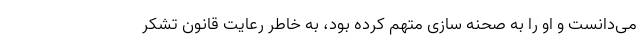
می‌دانست و او را به صحنه سازی متهم کرده بود، به خاطر رعایت قانون تشکر